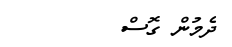
ދެމުން ގޮސް